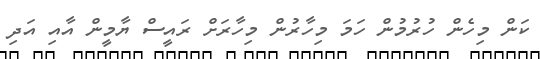
ކަން މިހެން ހުރުމުން ހަމަ މިހާރުން މިހާރަށް ރައީސް ޔާމީން އާއި އަދި